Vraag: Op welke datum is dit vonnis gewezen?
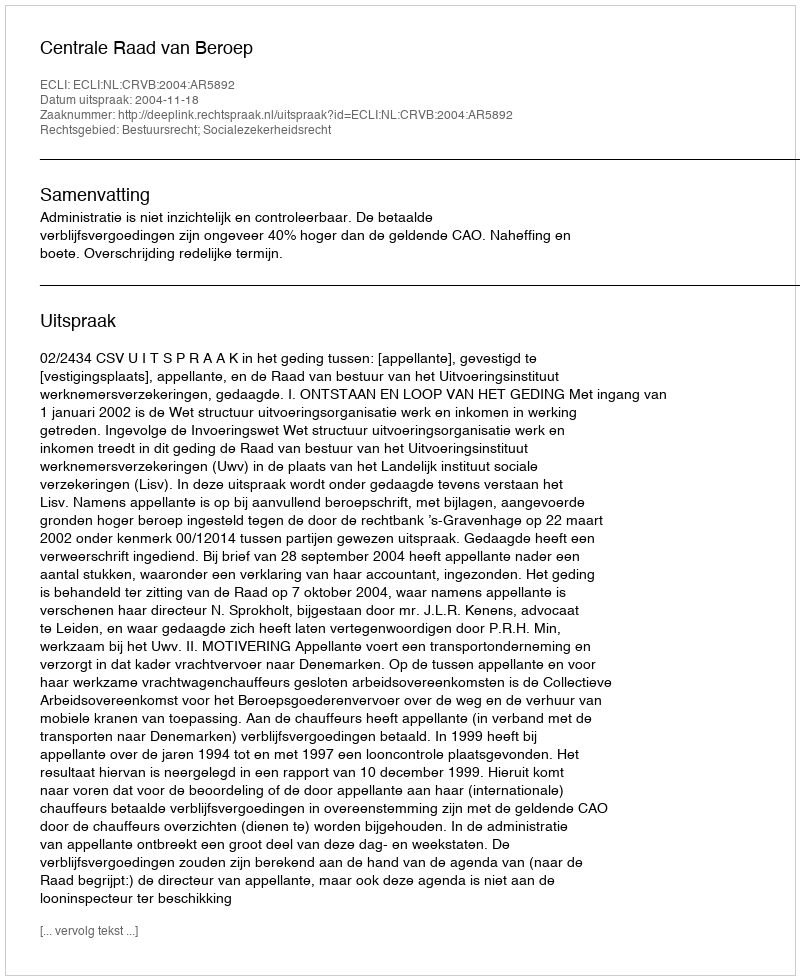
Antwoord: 2004-11-18